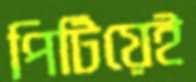
পিটিয়েই